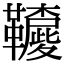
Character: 𩍳